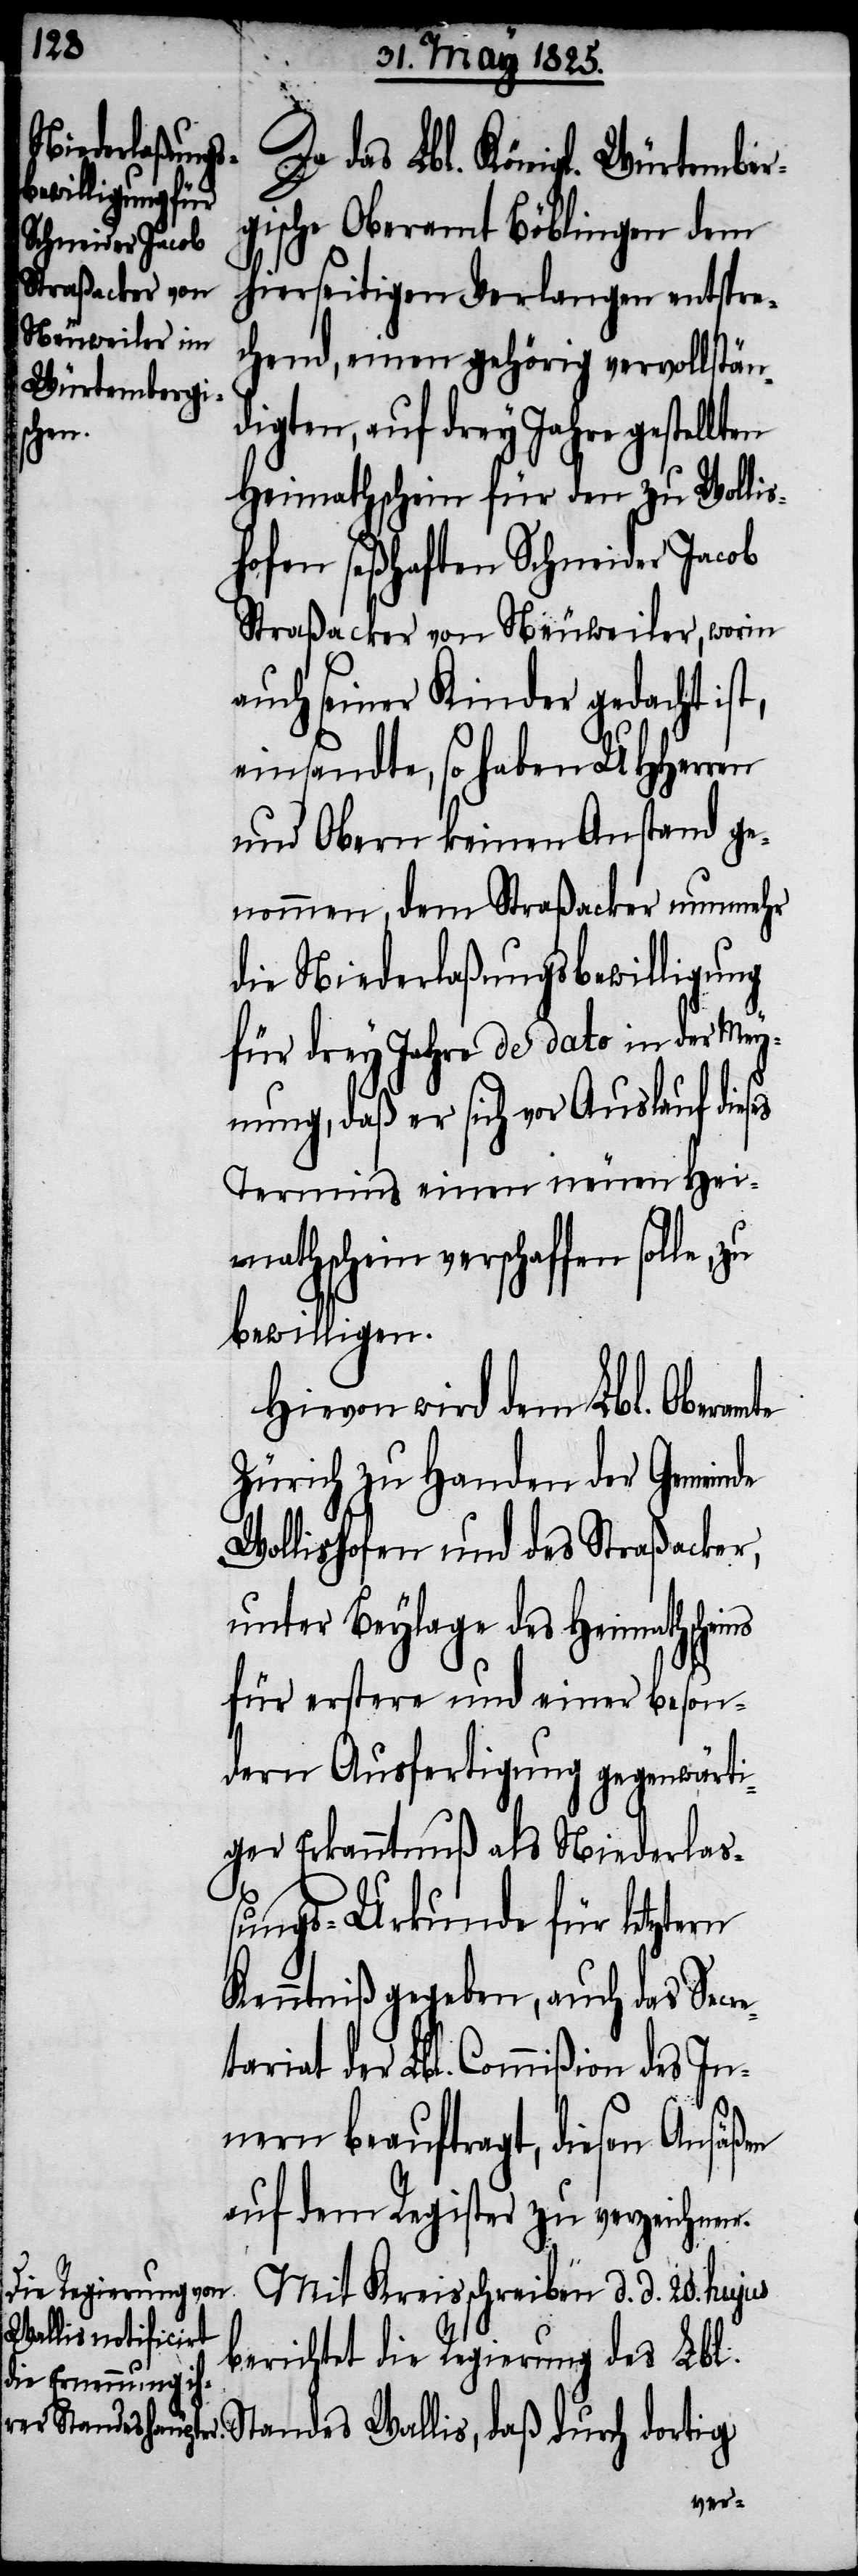
dortig
Da das Lbl. Königl. Würtember¬
gische Oberamt Böblingen dem
hierseitigen Verlangen entspre¬
chend, einen gehörig vervollstän¬
digten, auf drey Jahre gestel¬
lten
Heimathschein für den zu Wollis¬
hofen seßhaften Schneider Jacob
Straßacker von Neuweiler, worin
auch seiner Kinder gedacht ist,
einsandte, so haben UHHerren
und Obern keinen Anstand ge¬
nommen, dem Straßacker nunmehr
die Niederlaßungsbewilligung
für drey Jahre de dato in der Mey¬
nung, daß er sich vor Auslauf dieses
Termins einen neuen Hei¬
mathschein verschaffen solle,
bewilligen.
Hievon wird dem Lbl. Oberamte
Zürich zu Handen der Gemeinde
Wollishofen und des Straßacker,
unter Beylage des Heimathscheins
für erstere und einer beson¬
dern Ausfertigung gegenwärti¬
ger Erkanntnuß als Niederla¬
ßungs-Urkunde für letztern
Kenntniß gegeben, auch das Secre¬
der Lbl. Commißion des In¬
nern beauftragt, diesen Ansäßen
auf dem Register zu verzeichnen.
Mit Kreisschreiben d. d. 20. hujus
berichtet die Regierung des Lbl.